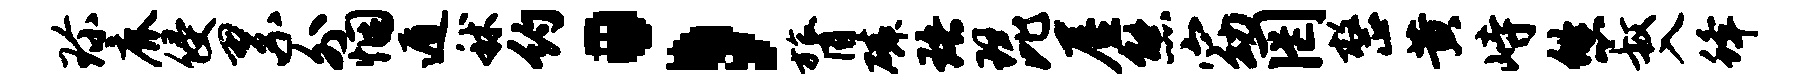
珍鹿侵累外悃遁秫约；膂磷珞琵屋熊窈罔整黄峙悠叔入蜂